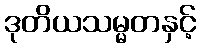
ဒုတိယသမ္မတနှင့်